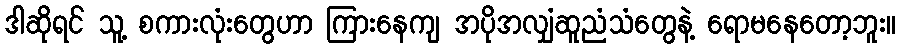
ဒါဆိုရင် သူ့ စကားလုံးတွေဟာ ကြားနေကျ အပိုအလျှံဆူညံသံတွေနဲ့ ရောမနေတော့ဘူး။